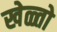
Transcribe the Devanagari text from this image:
खेळ्तो